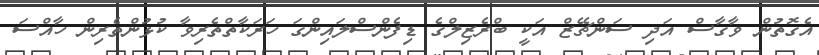
އެގޮތުން ވާގާސް އަދި ސަންޗޭޒް އަކީ ބްރެޒިލްގެ ޑިފެންސްލައިންގަ ހަރަކާތްތެރިވާ ކުޅުންތެރިން ހާއްސަ